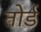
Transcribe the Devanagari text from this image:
तोर्ड